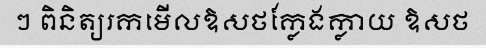
ៗ ពិនិត្យរកមើលឱសថក្លែងក្លាយ ឱសថ